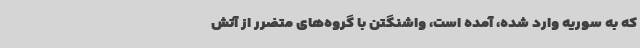
که به سوریه وارد شده، آمده است، واشنگتن با گروه‌های متضرر از آتش‌